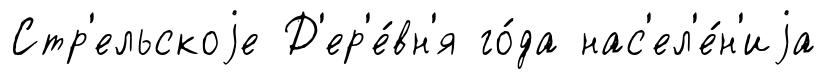
Стр'ельскоjе Д'ер'е́вн'я го́да нас'ел'е́н'иjа